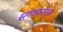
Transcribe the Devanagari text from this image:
संगक्काराके